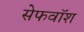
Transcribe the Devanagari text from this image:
सेफवॉश